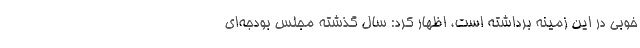
خوبی در این زمینه برداشته است، اظهار کرد: سال گذشته مجلس بودجه‌ای